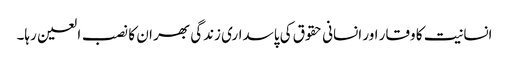
انسانیت کا وقار اور انسانی حقوق کی پاسداری زندگی بھر ان کا نصب العین رہا۔